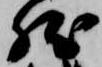
然